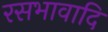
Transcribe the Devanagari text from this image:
रसभावादि